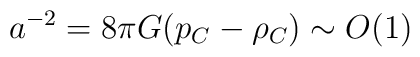
a^{-2} = 8\pi G(p_{C}-\rho_{C}) \sim O(1)